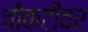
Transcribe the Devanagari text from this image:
चौकटींवर